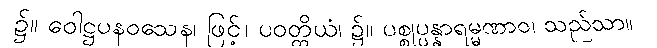
၌။ ဝေါဋ္ဌပနဝသေန၊ ဖြင့်။ ပဝတ္တိယံ၊ ၌။ ပစ္စုပ္ပန္နာရမ္မဏာဝ၊ သည်သာ။